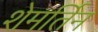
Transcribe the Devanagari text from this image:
शेमर्तिन